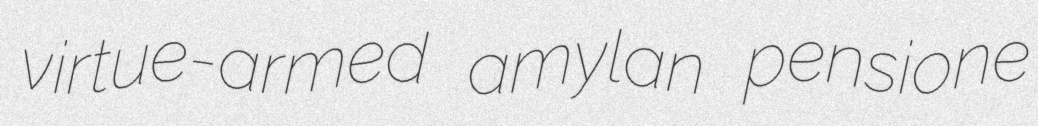
virtue-armed amylan pensione